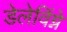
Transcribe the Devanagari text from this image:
डेलेविंग्ने